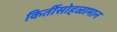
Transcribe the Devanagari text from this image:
किर्तीसोहळामान